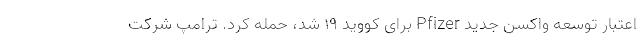
اعتبار توسعه واکسن جدید Pfizer برای کووید ۱۹ شد، حمله کرد. ترامپ شرکت